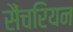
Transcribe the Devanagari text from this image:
सैंचरियन